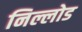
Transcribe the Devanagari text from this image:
निल्लोड